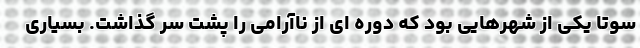
سوتا یکی از شهرهایی بود که دوره ای از ناآرامی را پشت سر گذاشت. بسیاری